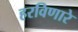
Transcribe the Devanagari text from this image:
हरविणारे